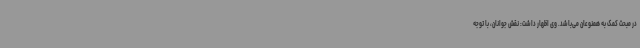
در مبحث کمک به همنوعان می‌باشد. وی اظهار داشت: نقش جوانان، با توجه